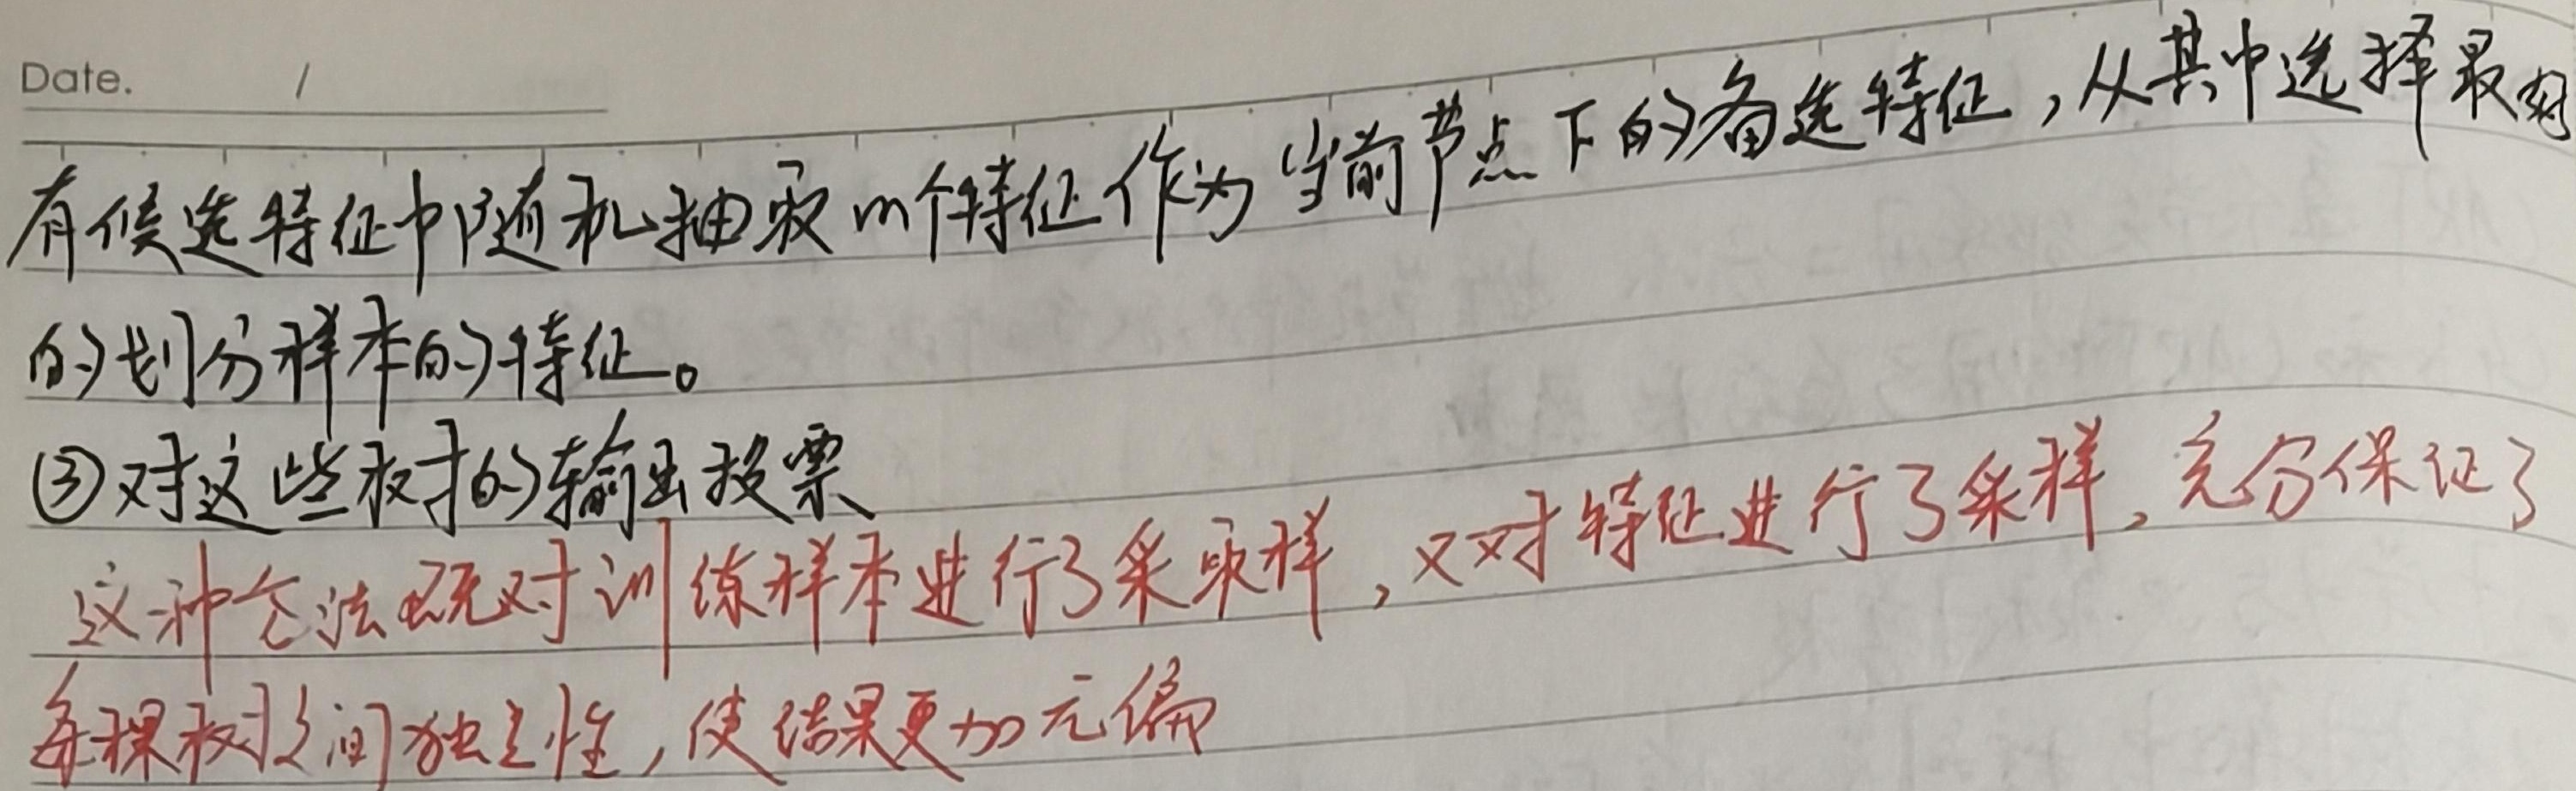
Date.
从有候选特征中随机抽取 \(m\) 个特征作为当前节点下的候选特征，从其中选择最好的划分样本的特征。(3) 对这些树的输出投票。这种方法既对训练样本进行了采样，又对特征进行了采样，充分保证了每棵树之间独立性，使结果更加无偏。